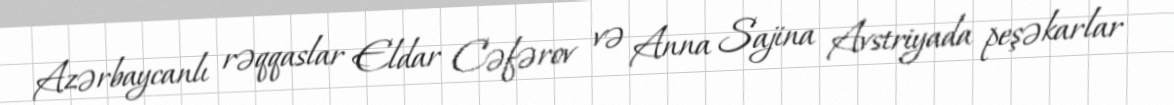
Azərbaycanlı rəqqaslar Eldar Cəfərov və Anna Sajina Avstriyada peşəkarlar